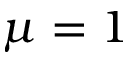
\mu = 1